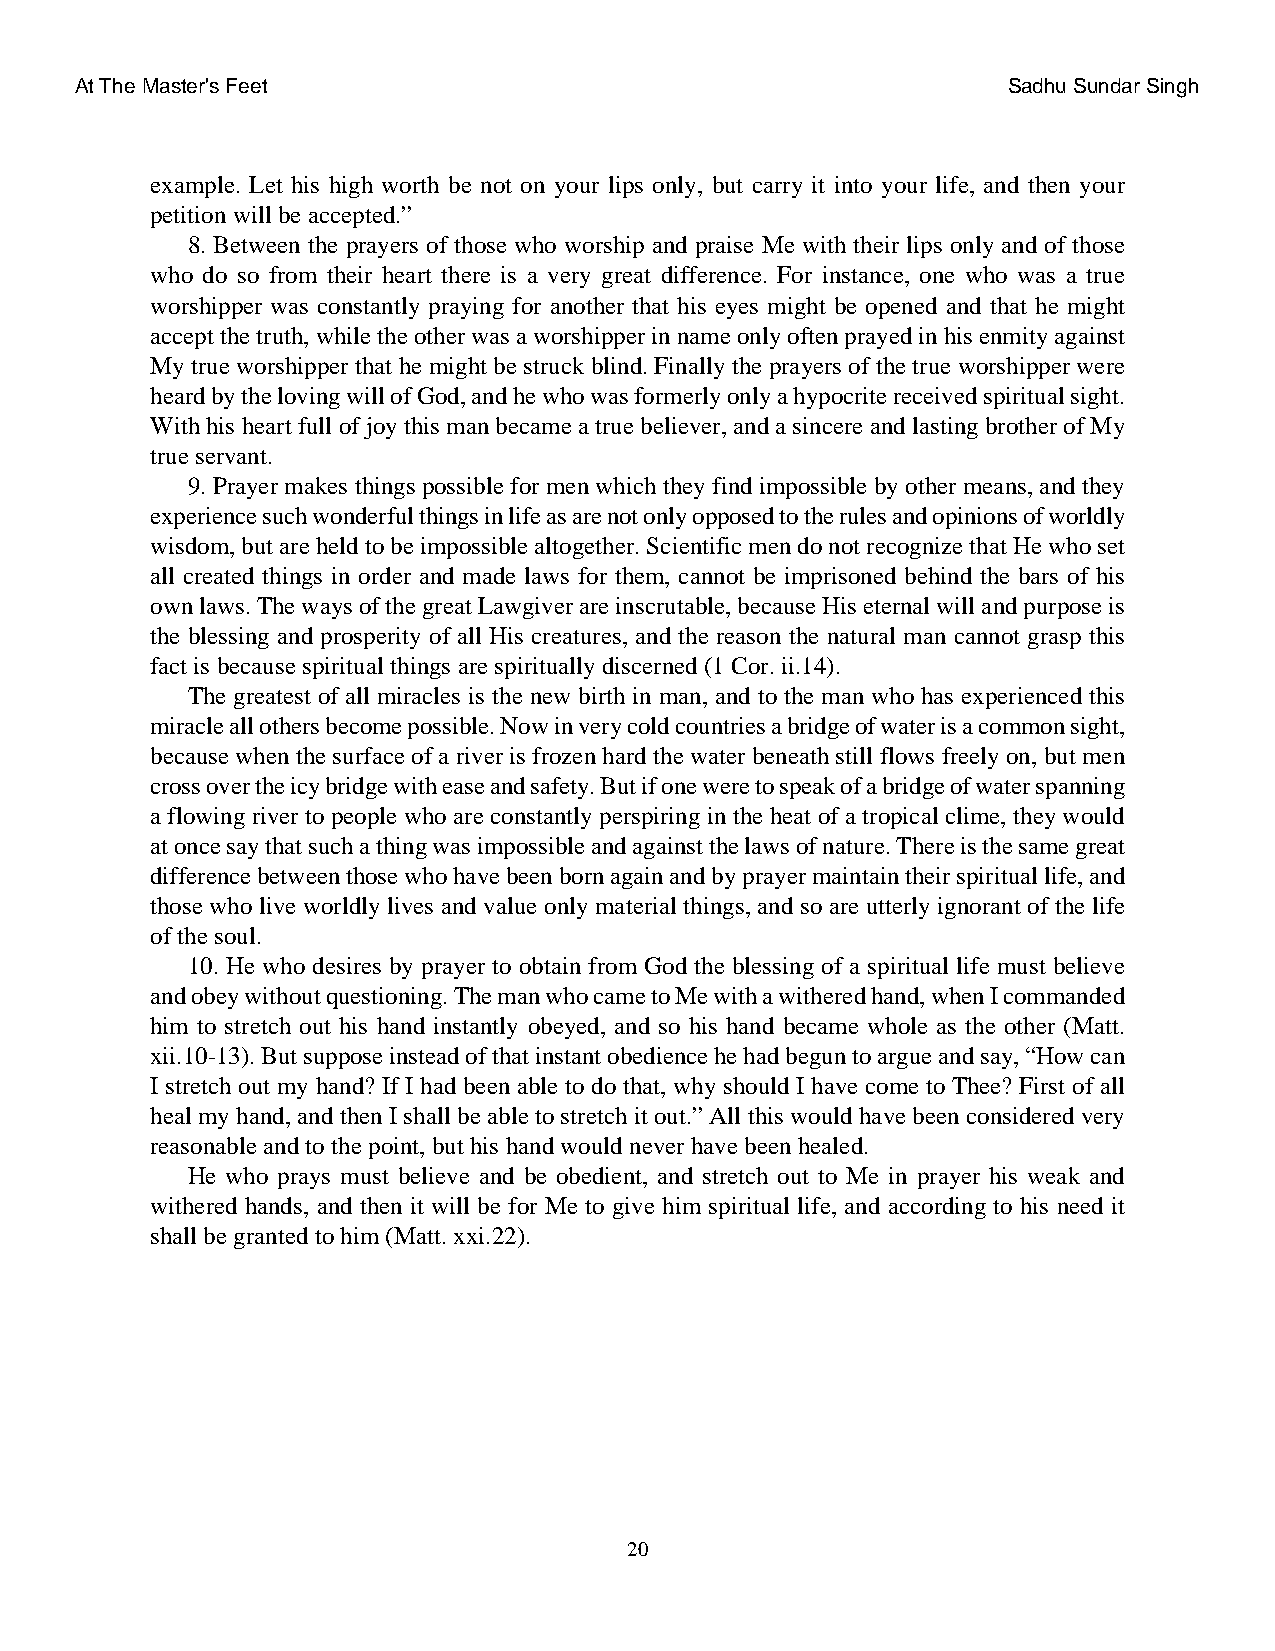
At The Master's Feet                                          Sadhu Sundar Singh
 example. Let his high worth be not on your lips only, but carry it into your life, and then your
 petition will be accepted.”
 8. Between the prayers of those who worship and praise Me with their lips only and of those
 who do so from their heart there is a very great difference. For instance, one who was a true
 worshipper was constantly praying for another that his eyes might be opened and that he might
 accept the truth, while the other was a worshipper in name only often prayed in his enmity against
 My true worshipper that he might be struck blind. Finally the prayers of the true worshipper were
 heard by the loving will of God, and he who was formerly only a hypocrite received spiritual sight.
 With his heart full of joy this man became a true believer, and a sincere and lasting brother of My
 true servant.
 9. Prayer makes things possible for men which they find impossible by other means, and they
 experience such wonderful things in life as are not only opposed to the rules and opinions of worldly
 wisdom, but are held to be impossible altogether. Scientific men do not recognize that He who set
 all created things in order and made laws for them, cannot be imprisoned behind the bars of his
 own laws. The ways of the great Lawgiver are inscrutable, because His eternal will and purpose is
 the blessing and prosperity of all His creatures, and the reason the natural man cannot grasp this
 fact is because spiritual things are spiritually discerned (1 Cor. ii.14).
 The greatest of all miracles is the new birth in man, and to the man who has experienced this
 miracle all others become possible. Now in very cold countries a bridge of water is a common sight,
 because when the surface of a river is frozen hard the water beneath still flows freely on, but men
 cross over the icy bridge with ease and safety. But if one were to speak of a bridge of water spanning
 a flowing river to people who are constantly perspiring in the heat of a tropical clime, they would
 at once say that such a thing was impossible and against the laws of nature. There is the same great
 difference between those who have been born again and by prayer maintain their spiritual life, and
 those who live worldly lives and value only material things, and so are utterly ignorant of the life
 of the soul.
 10. He who desires by prayer to obtain from God the blessing of a spiritual life must believe
 and obey without questioning. The man who came to Me with a withered hand, when I commanded
 him to stretch out his hand instantly obeyed, and so his hand became whole as the other (Matt.
 xii.10-13). But suppose instead of that instant obedience he had begun to argue and say, “How can
 I stretch out my hand? If I had been able to do that, why should I have come to Thee? First of all
 heal my hand, and then I shall be able to stretch it out.” All this would have been considered very
 reasonable and to the point, but his hand would never have been healed.
 He who prays must believe and be obedient, and stretch out to Me in prayer his weak and
 withered hands, and then it will be for Me to give him spiritual life, and according to his need it
 shall be granted to him (Matt. xxi.22).
 20